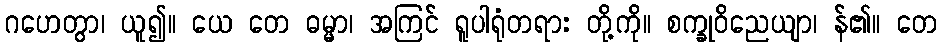
ဂဟေတွာ၊ ယူ၍။ ယေ တေ ဓမ္မာ၊ အကြင် ရူပါရုံတရား တို့ကို။ စက္ခုဝိညေယျာ၊ န်၏။ တေ